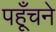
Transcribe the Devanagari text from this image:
पहूँचने